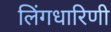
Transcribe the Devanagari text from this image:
लिंगधारिणी